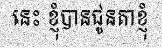
នេះ ខ្ញុំបានជូនតាខ្ញុំ